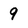
Character: 9